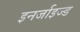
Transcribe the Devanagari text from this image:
इनर्जाइज्ड